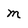
Character: m